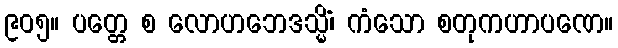
၉၀၅။ ပတ္တေ စ လောဟဘေဒသ္မိံ၊ ကံသော စတုကဟာပဏေ။